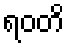
ရဝတိ